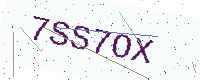
Text: 7SS7OX